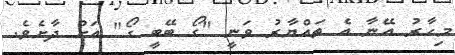
މިހާރު އޭނާ އެ ތައްޔާރު ވަނީ "ގޯ ބޭބީ ގޯ" އަށް ދާށެވެ.